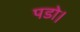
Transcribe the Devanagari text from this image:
पडो।